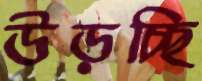
উড়চ্ছি